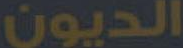
الديون